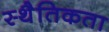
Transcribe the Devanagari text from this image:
स्थैतिकता